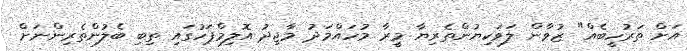
އަށް ތަރުހީބެއް" ޒުވާން ލަވަކިޔުންތެރިޔާ މީރާ މުހައްމަދު މާޖިދު އޮލިމްޕަހުގައި ތިބި ބެލުންތެރިންނަށް